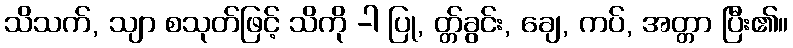
သိသက်, သျာ စသုတ်ဖြင့် သိကို -ါ ပြု, တ္တ်ခွင်း, ချေ, ကပ်, အတ္တာ ပြီး၏။